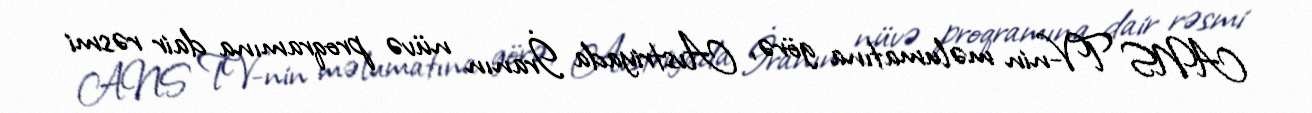
ANS TV-nin məlumatına görə, Avstriyada İranın nüvə proqramına dair rəsmi